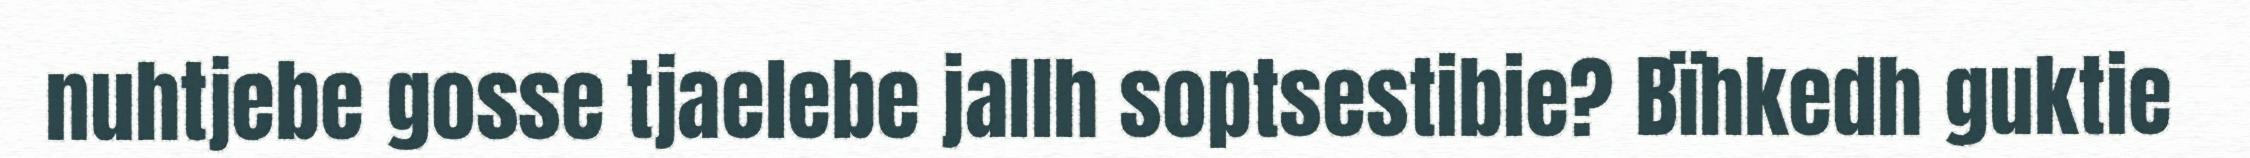
nuhtjebe gosse tjaelebe jallh soptsestibie? Bïhkedh guktie